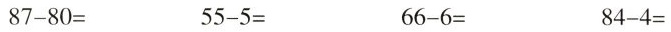
8 7 - 8 0 = 5 5 - 5 = 6 6 - 6 = 8 4 - 4 =